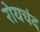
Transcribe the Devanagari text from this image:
रोयचंद